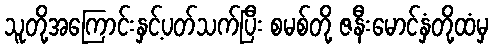
သူတို့အကြောင်းနှင့်ပတ်သက်ပြီး စမစ်တို့ ဇနီးမောင်နှံတို့ထံမှ